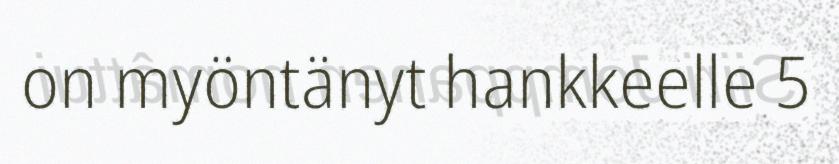
on myöntänyt hankkeelle 5